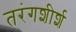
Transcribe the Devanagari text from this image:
तरंगशीर्श